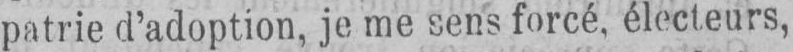
patrie d’adoption, je me sens forcé, électeurs,